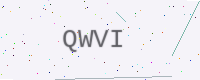
Text: QWVI